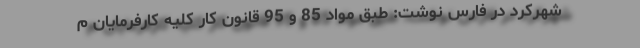
شهرکرد در فارس نوشت: طبق مواد 85 و 95 قانون کار کلیه کارفرمایان م